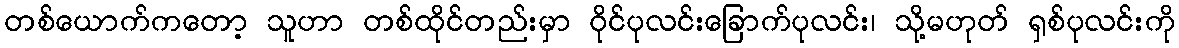
တစ်ယောက်ကတော့ သူဟာ တစ်ထိုင်တည်းမှာ ဝိုင်ပုလင်းခြောက်ပုလင်း၊ သို့မဟုတ် ရှစ်ပုလင်းကို